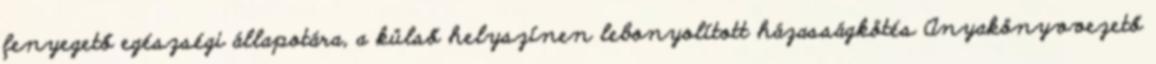
fenyegető egészségi állapotára, a külső helyszínen lebonyolított házasságkötés Anyakönyvvezető